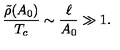
\frac { \tilde { \rho } ( A _ { 0 } ) } { T _ { c } } \sim \frac { \ell } { A _ { 0 } } \gg 1 .